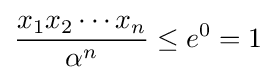
{\frac {x_{1}x_{2}\cdots x_{n}}{\alpha ^{n}}}\leq e^{0}=1